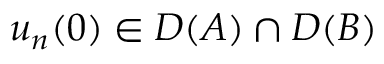
u _ { n } ( 0 ) \in D ( A ) \cap D ( B )